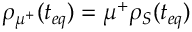
{ { \rho } _ { { { \mu } ^ { + } } } } ( t _ { e q } ) = { { \mu } ^ { + } } { { \rho } _ { S } } ( t _ { e q } )